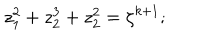
z _ { 1 } ^ { 2 } + z _ { 2 } ^ { 3 } + z _ { 2 } ^ { 2 } = \zeta ^ { k + 1 } ;